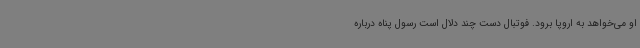
او می‌خواهد به اروپا برود. فوتبال دست چند دلال است رسول پناه درباره